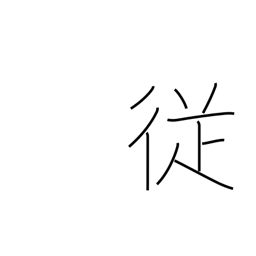
Meaning: incidental